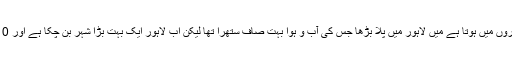
ایسا ہی لاہور میں ہورہا ہے لاہور کا شمار آلودہ ترین شہروں میں ہوتا ہے میں لاہور میں پلا بڑھا جس کی آب و ہوا بہت صاف ستھرا تھا لیکن اب لاہور ایک بہت بڑا شہر بن چکا ہے اور 10 سال میں 70 فیصد سے زائد درخت کاٹے جاچکے ہیں۔